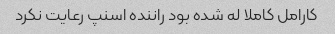
کارامل کاملا له شده بود راننده اسنپ رعایت نکرد